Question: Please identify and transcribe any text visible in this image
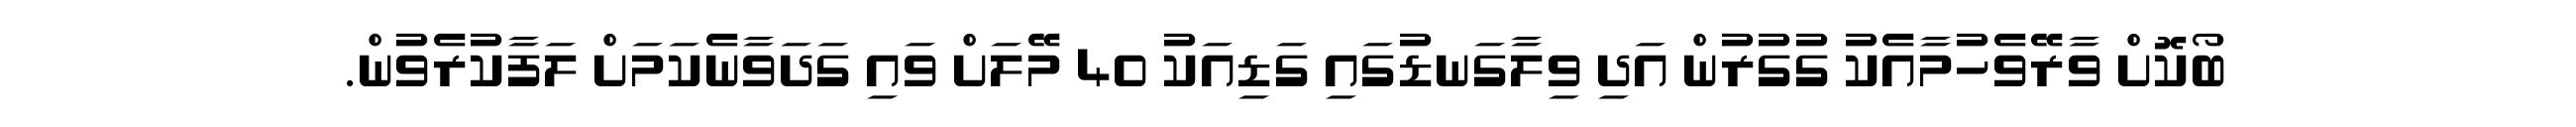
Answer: ބޯކޮށް ވާރޭވެހުމާއެކު ގުގުރުން އަދި ވިލާގަނޑުގައި ގަޑިއަކު 40 މޭލަށް ވައި ގަދަވާނެކަމަށް ލަފާކުރެވުން.